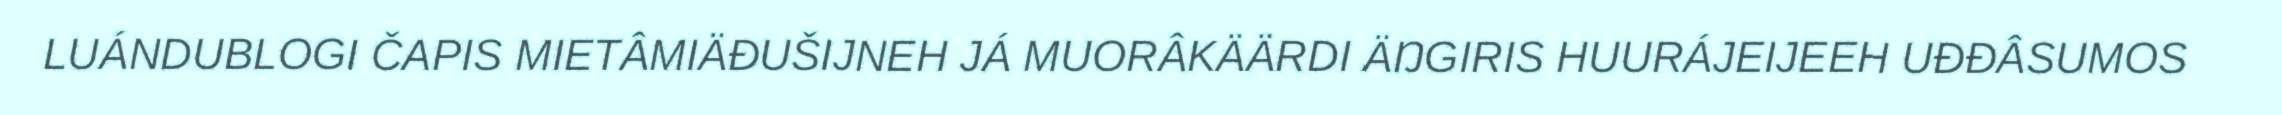
LUÁNDUBLOGI ČAPIS MIETÂMIÄĐUŠIJNEH JÁ MUORÂKÄÄRDI ÄŊGIRIS HUURÁJEIJEEH UĐĐÂSUMOS